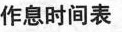
作息时间表